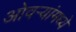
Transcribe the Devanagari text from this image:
ओवर्‍यांमध्ये